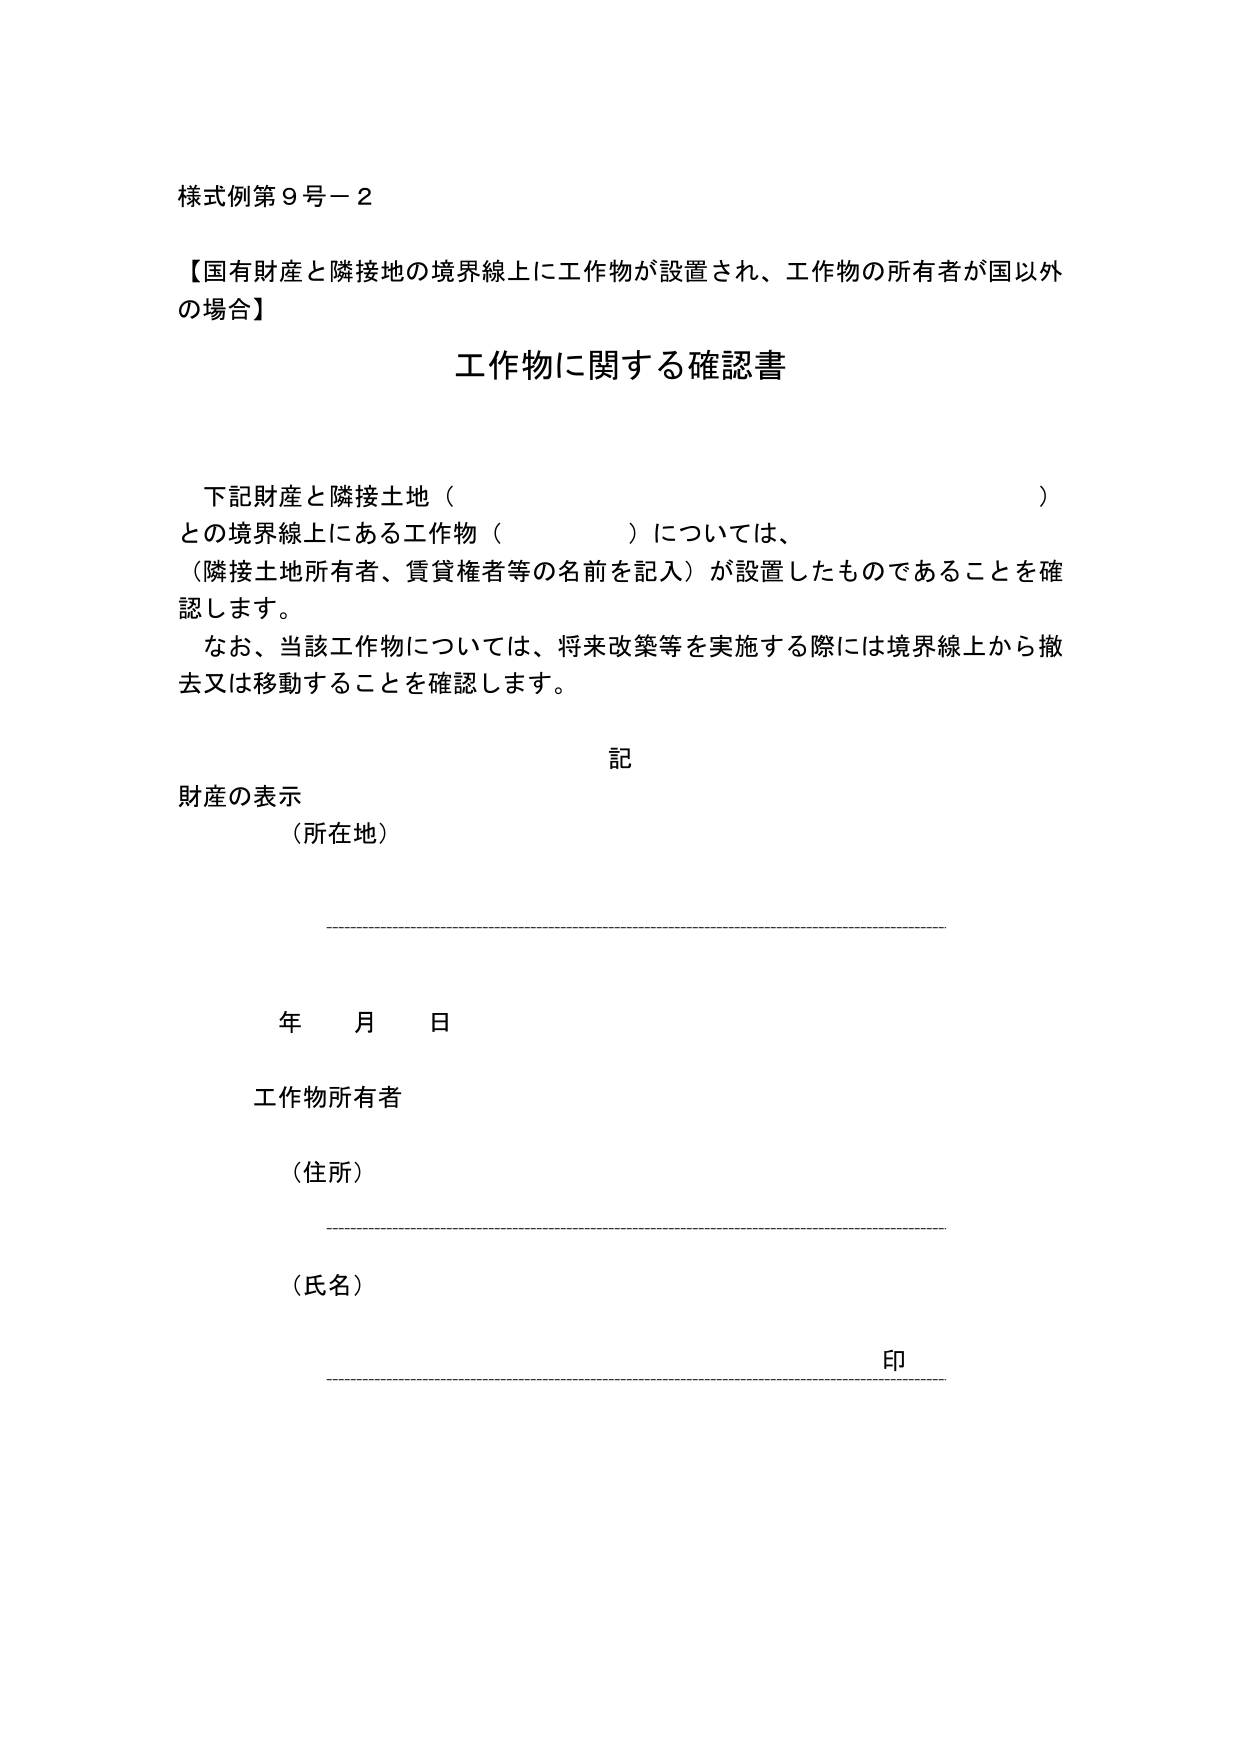
様式例第９号－２

【国有財産と隣接地の境界線上に工作物が設置され、工作物の所有者が国以外の場合】

工作物に関する確認書

下記財産と隣接土地（　　　　　　　　　　　　　　　　　　　　）
との境界線上にある工作物（　　　　　　　　　　　　　　　　）については、
（隣接土地所有者、賃貸権者等の名前を記入）が設置したものであることを確認します。
なお、当該工作物については、将来改築等を実施する際には境界線上から撤去又は移動することを確認します。

記

財産の表示
（所在地）

年　月　日

工作物所有者
（住所）

（氏名）

印